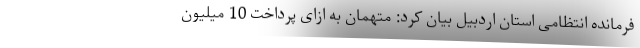
فرمانده انتظامی استان اردبیل بیان کرد: متهمان به ازای پرداخت 10 میلیون